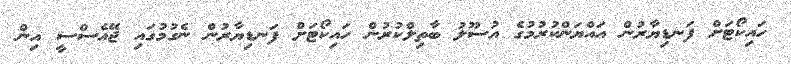
ހައިކޯޓަށް ފަނޑިޔާރުން އައްޔަންކުރުމުގެ އުސޫލު ބާތިލްކުރުން ހައިކޯޓަށް ފަނޑިޔާރުން ނެގުމުގައި ޖޭއެސްސީ އިން